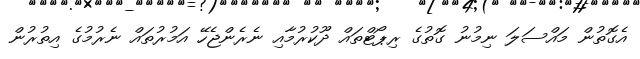
އެގޮތުން މައްސަލަ ނިމުނު ގޮތުގެ ރިޕޯޓްތައް ދޫކުރުމާއި ނެރެންޖެހޭ އަމުރުތައް ނެރުމުގެ އިތުރުން